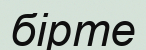
бірте